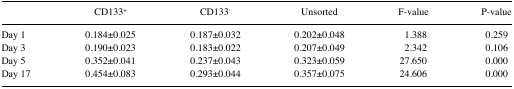
|  | CD133+ | CD133− | Unsorted | F-value | P-value |
 | --- | --- | --- | --- | --- | --- |
 | Day 1 | 0.184±0.025 | 0.187±0.032 | 0.202±0.048 | 1.388 | 0.259 |
 | Day 3 | 0.190±0.023 | 0.183±0.022 | 0.207±0.049 | 2.342 | 0.106 |
 | Day 5 | 0.352±0.041 | 0.237±0.043 | 0.323±0.059 | 27.650 | 0.000 |
 | Day 17 | 0.454±0.083 | 0.293±0.044 | 0.357±0.075 | 24.606 | 0.000 |